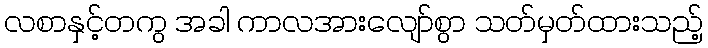
လစာနှင့်တကွ အခါ ကာလအားလျော်စွာ သတ်မှတ်ထားသည့်